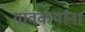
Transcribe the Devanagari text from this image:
गावकर्यांना